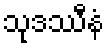
သုဒဿီနံ